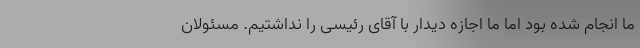
ما انجام شده بود اما ما اجازه دیدار با آقای رئیسی را نداشتیم. مسئولان